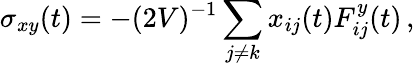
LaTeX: \sigma_{xy}(t)=-(2V)^{-1}\sum_{j\neq k}x_{ij}(t)F_{ij}^{y}(t)\, ,